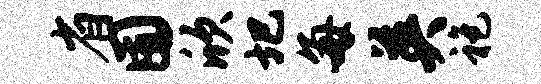
省囿欣圯每英袍